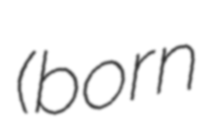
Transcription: (born